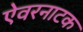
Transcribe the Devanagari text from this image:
ऐवरनाटक